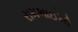
રામભાઈની